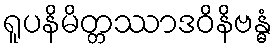
ရူပနိမိတ္တဿာဒဝိနိဗန္ဓံ